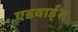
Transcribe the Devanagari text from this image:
एडवार्ड्स